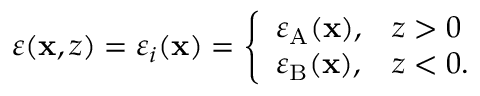
\varepsilon ( \mathbf { x } , z ) = \varepsilon _ { i } ( \mathbf { x } ) = \left\{ \begin{array} { l l } { \varepsilon _ { \mathrm { A } } ( \mathbf { x } ) , } & { z > 0 } \\ { \varepsilon _ { \mathrm { B } } ( \mathbf { x } ) , } & { z < 0 . } \end{array} \right.